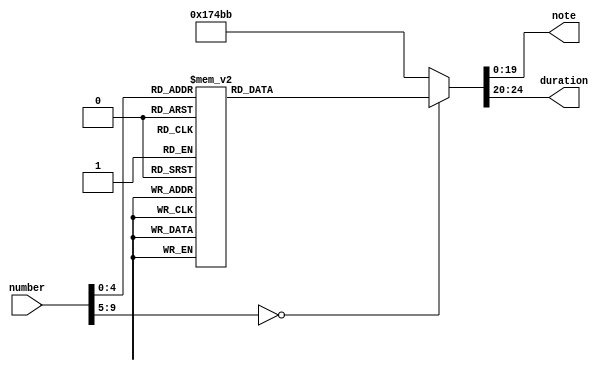
`timescale 1ns / 1ps

module MusicSheet( input [9:0] number,
output reg [19:0] note, //max 32 different musical notes
output reg [4:0] duration);

parameter HALF = 5'b00100;
parameter ONE = 2* HALF;
parameter TWO = 2* ONE;
parameter FOUR = 2* TWO;
parameter C4 = 25_000_000/262, D4 = 25_000_000/294, E4 = 25_000_000/330;
parameter F4 = 25_000_000/349, G4 = 25_000_000/392, A4 = 25_000_000/440; //number of FPGA clock periods.

always @ (number) begin
case(number) //It's Raining, It's Pouring
    0: begin note = 0; duration = ONE; end  
    1: begin note = 0; duration = TWO; end //hold 3 counts
    
    2: begin note = G4; duration = ONE; end //It's
    3: begin note = G4; duration = TWO; end //rain
    4: begin note = E4; duration = ONE; end //ing
    5: begin note = A4; duration = ONE; end //It's
    6: begin note = G4; duration = TWO; end //pour
    7: begin note = E4; duration = ONE; end //ing.
    8: begin note = E4; duration = ONE; end //The
    9: begin note = G4; duration = TWO; end //old
    10: begin note = E4; duration = ONE; end //man
    11: begin note = A4; duration = ONE; end //is
    12: begin note = G4; duration = TWO; end //snor
    13: begin note = E4; duration = TWO; end //ing.
    
    14: begin note = G4; duration = ONE; end //Went
    15: begin note = G4; duration = ONE; end //to
    16: begin note = E4; duration = ONE; end //bed
    17: begin note = E4; duration = HALF; end //and
    18: begin note = A4; duration = HALF; end //he
    19: begin note = G4; duration = ONE; end //bumped
    20: begin note = G4; duration = ONE; end //his
    21: begin note = E4; duration = ONE; end //head
    22: begin note = E4; duration = HALF; end //and
    23: begin note = A4; duration = HALF; end //he
    24: begin note = G4; duration = HALF; end //could
    25: begin note = G4; duration = HALF; end //n't
    26: begin note = A4; duration = ONE; end //get
    27: begin note = E4; duration = ONE; end //up
    28: begin note = E4; duration = HALF; end //in
    29: begin note = A4; duration = HALF; end //the
    30: begin note = G4; duration = TWO; end //morn
    31: begin note = E4; duration = TWO; end //ing
    default: begin note = C4; duration = FOUR; end
endcase
end
endmodule